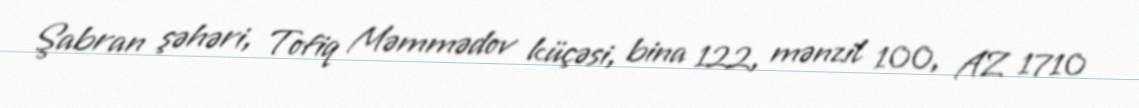
Şabran şəhəri, Tofiq Məmmədov küçəsi, bina 122, mənzil 100, AZ 1710